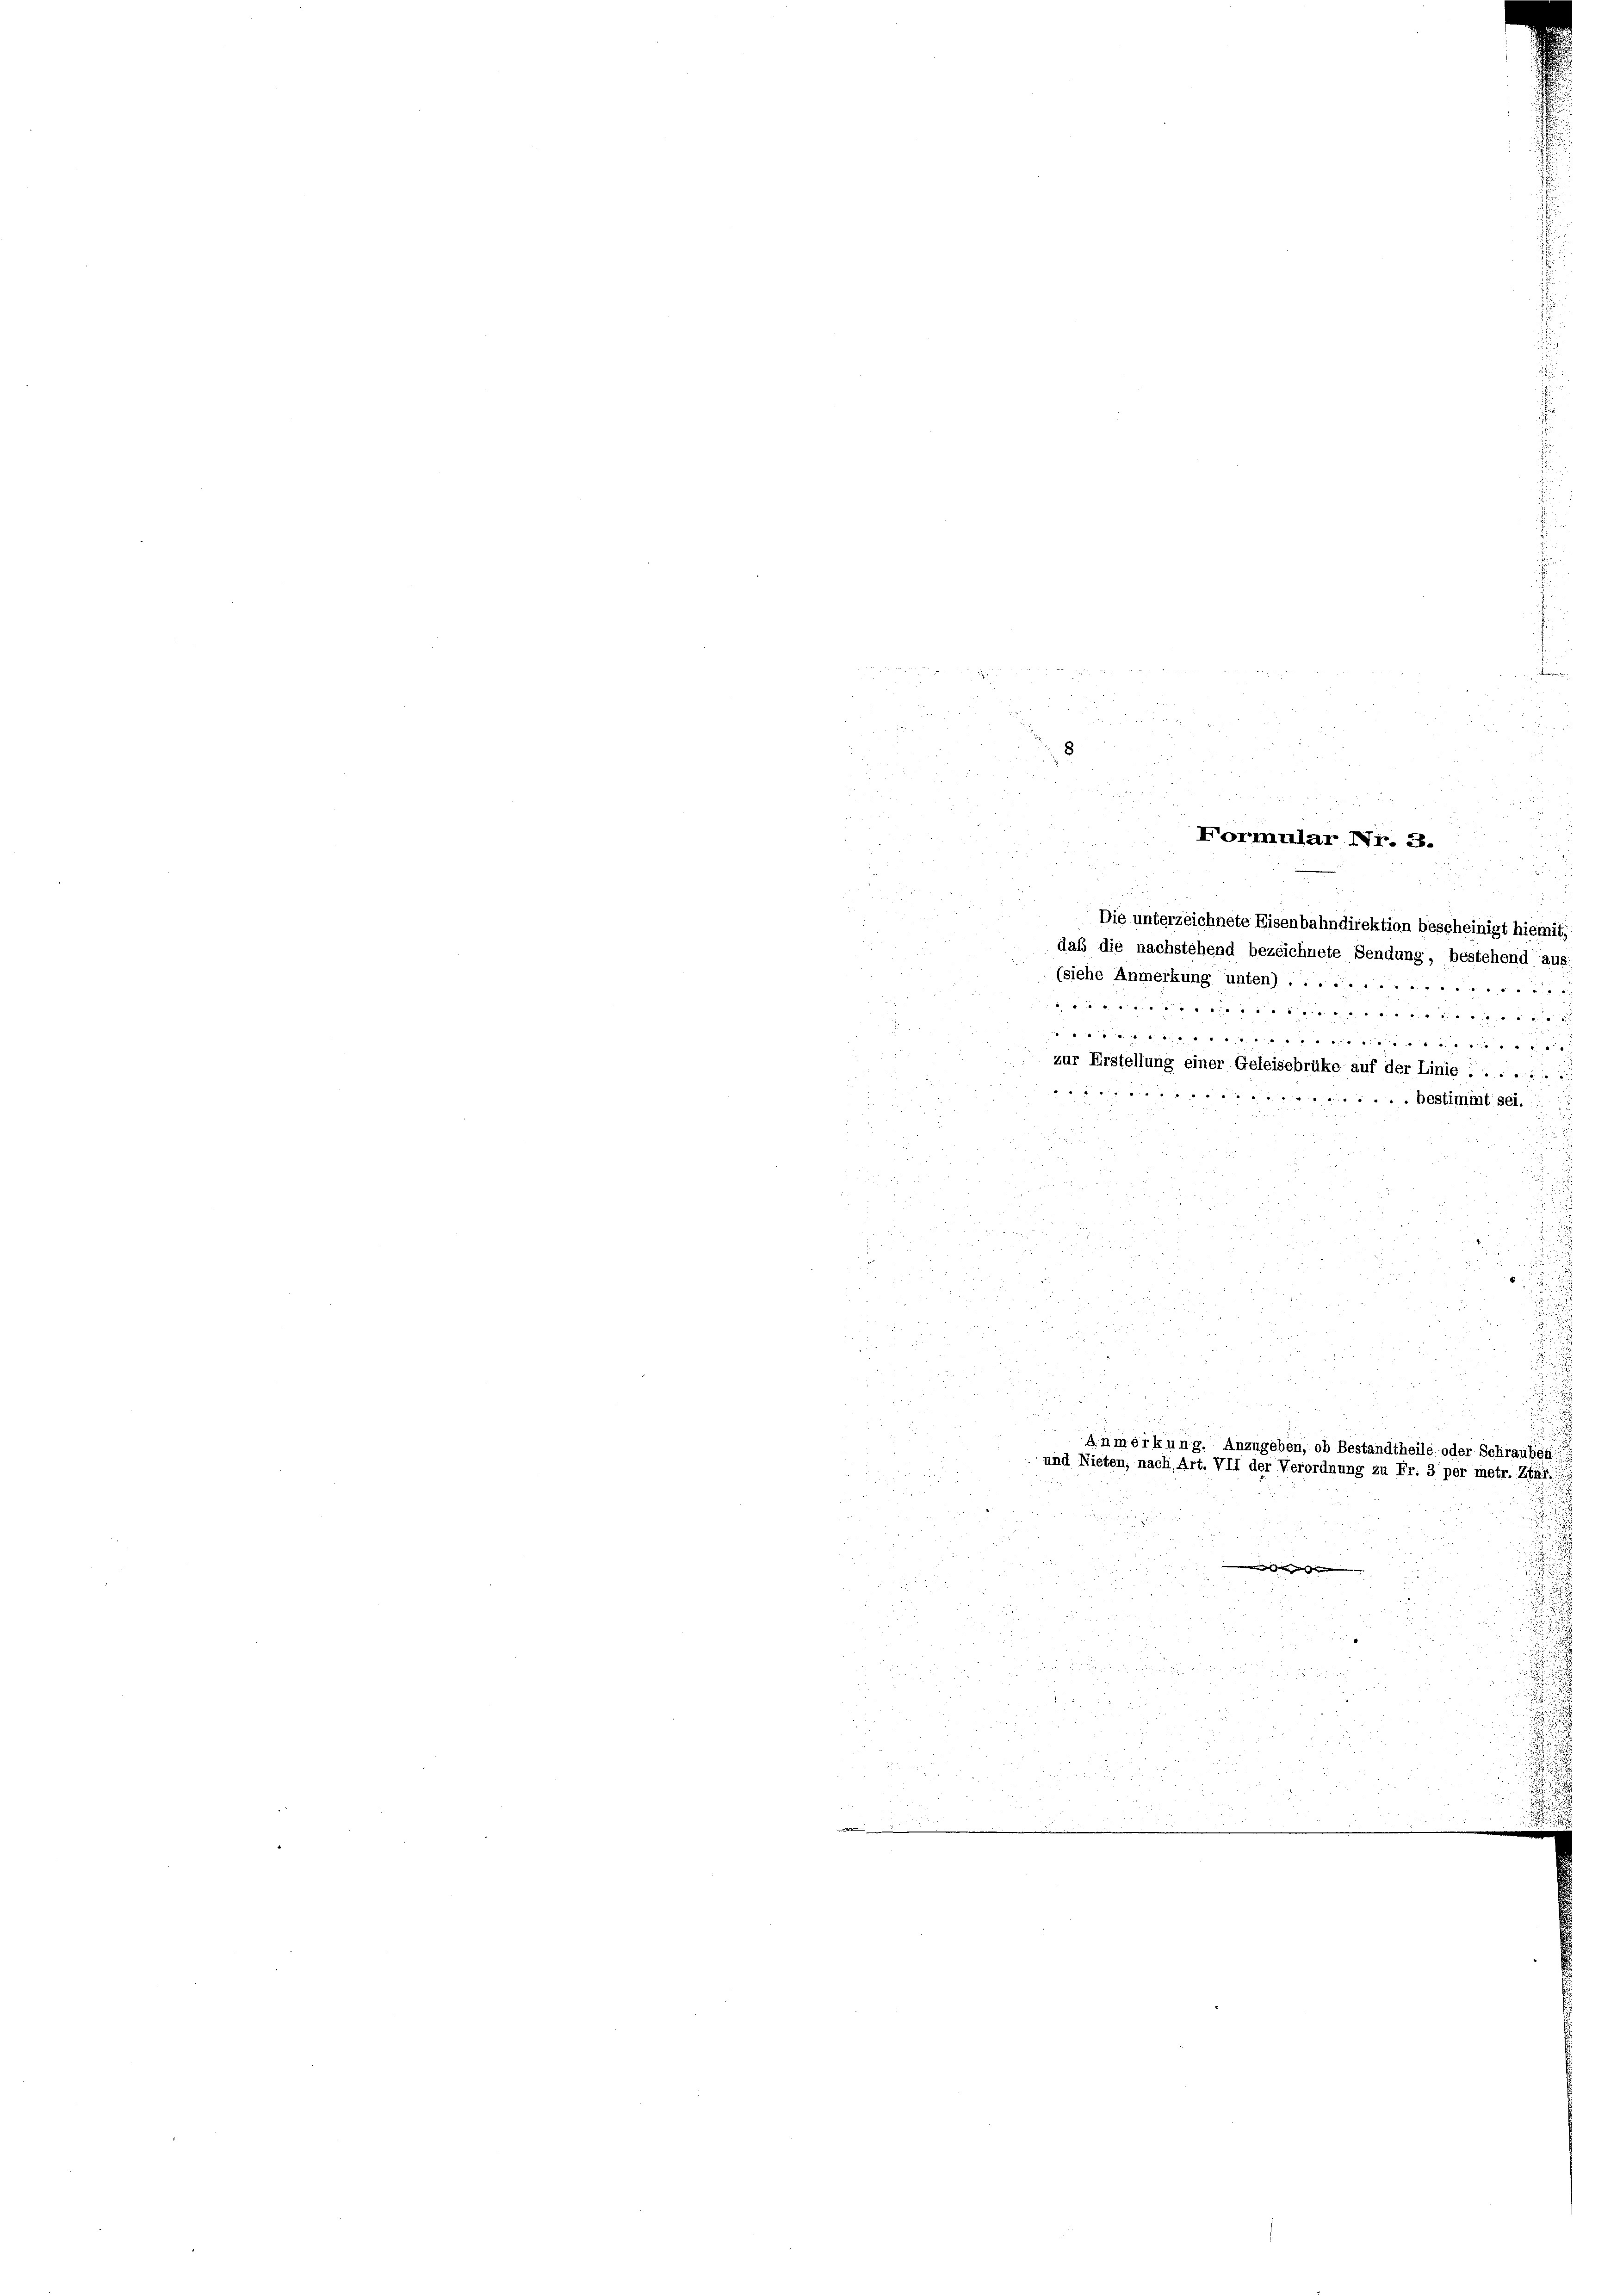
s

Formular Nr. 3.

Die unterzeichnete Eisenbahndirektion bescheinigt hiemit,
daß die nachstehend bezeichnete Sendung, bestehend aus-
(siehe Anmerkung unten) ........
 7 x 2
....................................
zur Erstellung einer Geleisebrüke auf der Linie ..........
...... bestimmt sei.
.
d

de

8

u

Anmerkung. Anzugeben, ob Bestandtheile oder Schrauben:
und Nieten, nach Art. VII der Verordnung zu Fr. 3 per metr. Ztgr.
sen des
2

"

.

u
.
8

25
 f 9 x
5
 200 x

22
d
8
.